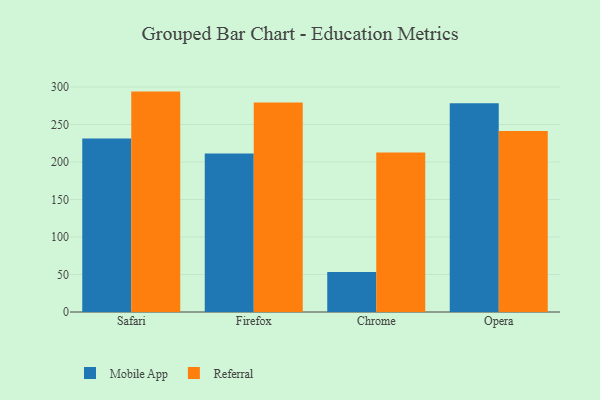
{"axis": {"x": "Browser", "y": "Production Output"}, "legend": ["Mobile App", "Referral"], "data": [{"x": "Safari", "y": 231.3, "type": "Mobile App"}, {"x": "Safari", "y": 293.9, "type": "Referral"}, {"x": "Firefox", "y": 211.5, "type": "Mobile App"}, {"x": "Firefox", "y": 279.4, "type": "Referral"}, {"x": "Chrome", "y": 53.5, "type": "Mobile App"}, {"x": "Chrome", "y": 212.7, "type": "Referral"}, {"x": "Opera", "y": 278.4, "type": "Mobile App"}, {"x": "Opera", "y": 241.5, "type": "Referral"}]}